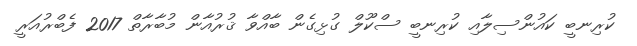
ކުރިނބީ ކައުންސިލާއި ކުރިނބީ ސްކޫލް ގުޅިގެން ބާއްވާ ޤުރުއާން މުބާރާތް 2017 ފެބްރުއަރީ